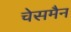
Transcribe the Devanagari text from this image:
चेसमैन